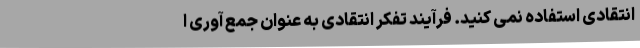
انتقادی استفاده نمی کنید. فرآیند تفکر انتقادی به عنوان جمع آوری ا